Civil Veterinary Department Bihar & Orissa reports 1911-21 - 1911-1921
Year: 1911
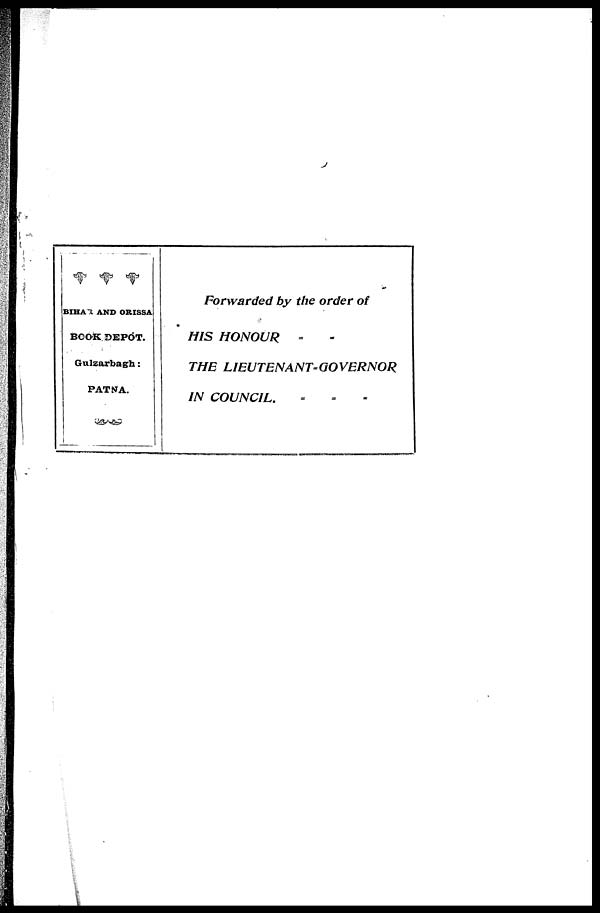
BIHAR AND ORISSA
BOOK DEPOT.
Gulzarbagh :
PATNA.
Forwarded by the order of
HIS HONOUR = =
THE
LIEUTENANT-GOVERNOR
IN COUNCIL. = = =